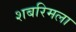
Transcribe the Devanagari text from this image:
शबरिमला